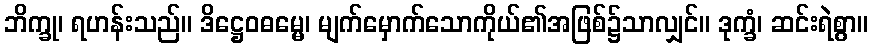
ဘိက္ခု၊ ရဟန်းသည်။ ဒိဋ္ဌေဝဓမ္မေ၊ မျက်မှောက်သောကိုယ်၏အဖြစ်၌သာလျှင်။ ဒုက္ခံ၊ ဆင်းရဲစွာ။